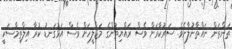
ތަންތަން ނައްތާނުލާށެވެ. ސަރުކާރަށް ވެސް ރައްޔިތުންގެ މަޖްލީހަށް ވެސް އަޅުގަނޑު ކުރާ އިލްތިމާސަކީ